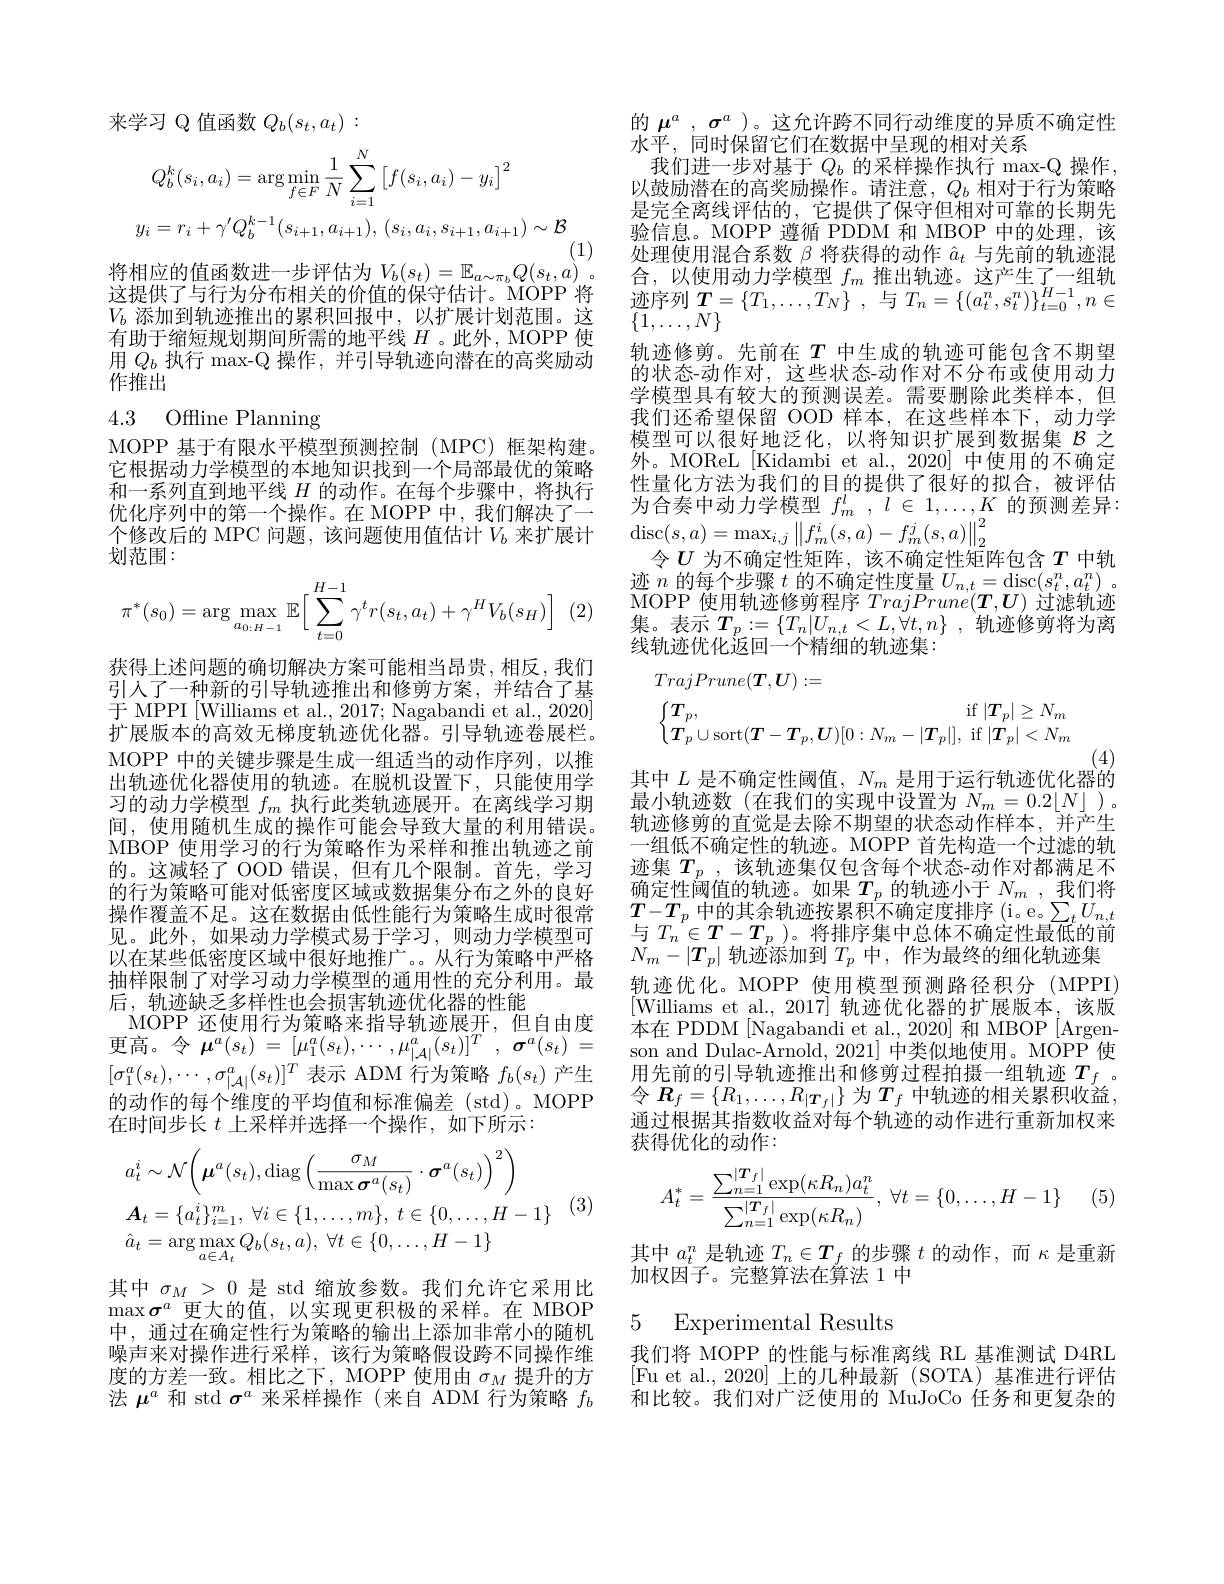
的$\mu^a$ , $\sigma^a$ )。这允许跨不同行动维度的异质不确定性
水平，同时保留它们在数据中呈现的相对关系
我们进一步对基于$Q_b$的采样操作执行 max-Q 操作， 以鼓励潜在的高奖励操作。请注意，$Q_b$相对于行为策略是完全离线评估的，它提供了保守但相对可靠的长期先验信息。MOPP 遵循 PDDM 和 MBOP 中的处理，该处理使用混合系数$\beta$将获得的动作$\hat{a}_t$与先前的轨迹混合，以使用动力学模型$f_m$推出轨迹。这产生了一组轨迹序列$T= \{ T_1, \ldots , T_N\}$ ,与$T_n=\{(a_t^n,s_t^n)\}_{t=0}^{H-1},n\in$ $\{1,\ldots,N\}$
轨迹修剪。先前在$T$中生成的轨迹可能包含不期望的状态-动作对，这些状态-动作对不分布或使用动力学模型具有较大的预测误差。需要删除此类样本，但我们还希望保留 OOD 样本，在这些样本下，动力学模型可以很好地泛化，以将知识扩展到数据集$\mathcal{B}$之外。MOReL[Kidambi et al., 2020] 中使用的不确定性量化方法为我们的目的提供了很好的拟合，被评估为合奏中动力学模型$f_m^l,l\in1,\ldots,K$的预测差异： $\operatorname*{disc}(s,a)=\operatorname*{max}_{i,j}\left\|f_{m}^{i}(s,a)-f_{m}^{j}(s,a)\right\|_{2}^{2}$
令$U$为不确定性矩阵，该不确定性矩阵包含$T$中轨迹$n$的每个步骤$t$的不确定性度量$U_n,t=$disc$(s_t^n,a_t^n)$ 。MOPP使用轨迹修剪程序$TrajPrune(\boldsymbol{T},\boldsymbol{U})$过滤轨迹集。表示$T_p: = \{ T_n| U_{n, t}< L, \check{\forall } t, n\}$ ,轨迹修剪将为离线轨迹优化返回一个精细的轨迹集：
$$\begin{aligned}&TrajPrune(\boldsymbol{T},\boldsymbol{U}):=\\&\begin{cases}\boldsymbol{T}_p,&\mathrm{if~}|\boldsymbol{T}_p|\geq N_m\\\boldsymbol{T}_p\cup\mathrm{sort}(\boldsymbol{T}-\boldsymbol{T}_p,\boldsymbol{U})[0:N_m-|\boldsymbol{T}_p|],&\mathrm{if~}|\boldsymbol{T}_p|<N_m\end{cases}\end{aligned}$$
$$\begin{aligned}&Q_{b}^{k}(s_{i},a_{i})=\arg\operatorname*{min}_{f\in F}\frac{1}{N}\sum_{i=1}^{N}\left[f(s_{i},a_{i})-y_{i}\right]^{2}\\&y_{i}=r_{i}+\gamma^{\prime}Q_{b}^{k-1}(s_{i+1},a_{i+1}),\:(s_{i},a_{i},s_{i+1},a_{i+1})\sim\mathcal{B}\end{aligned}$$
(1)
将相应的值函数进一步评估为$V_b(s_t)=\mathbb{E}_{a\sim\pi_b}Q(s_t,a)$。

这提供了与行为分布相关的价值的保守估计。MOPP 将$V_b$添加到轨迹推出的累积回报中，以扩展计划范围。这有助于缩短规划期间所需的地平线$H$ 。此外，MOPP 使用$Q_b$执行 max-Q 操作，并引导轨迹向潜在的高奖励动作推出

# 4.3 Offline Planning

MOPP 基于有限水平模型预测控制(MPC)框架构建。它根据动力学模型的本地知识找到一个局部最优的策略和一系列直到地平线$H$的动作。在每个步骤中，将执行优化序列中的第一个操作。在 MOPP 中，我们解决了一个修改后的 MPC 问题，该问题使用值估计$V_b$来扩展计划范围：
$$\pi^*(s_0)=\arg\max_{a_{0:H-1}}\mathbb{E}\Big[\sum_{t=0}^{H-1}\gamma^tr(s_t,a_t)+\gamma^HV_b(s_H)\Big]$$
(2

获得上述问题的确切解决方案可能相当昂贵，相反，我们引入了一种新的引导轨迹推出和修剪方案，并结合了基于 MPPI [Williams et al., 2017; Nagabandi et al., 2020] 扩展版本的高效无梯度轨迹优化器。引导轨迹卷展栏。MOPP 中的关键步骤是生成一组适当的动作序列，以推出轨迹优化器使用的轨迹。在脱机设置下，只能使用学习的动力学模型$f_m$执行此类轨迹展开。在离线学习期间，使用随机生成的操作可能会导致大量的利用错误。MBOP 使用学习的行为策略作为采样和推出轨迹之前的。这减轻了 OOD 错误，但有几个限制。首先，学习的行为策略可能对低密度区域或数据集分布之外的良好操作覆盖不足。这在数据由低性能行为策略生成时很常见。此外，如果动力学模式易于学习，则动力学模型可以在某些低密度区域中很好地推广。。从行为策略中严格抽样限制了对学习动力学模型的通用性的充分利用。最后，轨迹缺乏多样性也会损害轨迹优化器的性能
MOPP 还使用行为策略来指导轨迹展开，但自由度更高。令$\boldsymbol{\mu }^a( s_t)$ = $[ \mu _1^a( s_t) , \cdots , \mu _{| \mathcal{A} | }^a( s_t) ] ^T$ , $\boldsymbol{\sigma }^a( s_t)$ = $[\sigma_1^a(s_t),\cdots,\sigma_{|\mathcal{A}|}^a(s_t)]^T$表示 ADM 行为策略$f_b(s_t)$产生的动作的每个维度的平均值和标准偏差 (std)。MOPP 在时间步长$t$上采样并选择一个操作，如下所示：
$$\begin{aligned}&a_{t}^{i}\sim\mathcal{N}\bigg(\boldsymbol{\mu}^{a}(s_{t}),\mathrm{diag}\bigg(\frac{\sigma_{M}}{\max\boldsymbol{\sigma}^{a}(s_{t})}\cdot\boldsymbol{\sigma}^{a}(s_{t})\bigg)^{2}\bigg)\\&\boldsymbol{A}_{t}=\{a_{t}^{i}\}_{i=1}^{m},\:\forall i\in\{1,\ldots,m\},\:t\in\{0,\ldots,H-1\}\\&\hat{a}_{t}=\arg\max_{a\in A_{t}}Q_{b}(s_{t},a),\:\forall t\in\{0,\ldots,H-1\}\end{aligned}$$
(3

其中$\sigma_M>0$是 std 缩放参数。我们允许它采用比$\max\boldsymbol{\sigma}^a$更大的值，以实现更积极的采样。在 MBOP 中，通过在确定性行为策略的输出上添加非常小的随机噪声来对操作进行采样，该行为策略假设跨不同操作维度的方差一致。相比之下，MOPP 使用由$\sigma_M$提升的方法$\mu^a$和 std $\sigma^a$来采样操作(来自 ADM 行为策略$f_b$

(4)
其中$L$是不确定性阈值，$N_m$是用于运行轨迹优化器的

最小轨迹数(在我们的实现中设置为$N_m=0.2\lfloor N\rfloor$ )。轨迹修剪的直觉是去除不期望的状态动作样本，并产生一组低不确定性的轨迹。MOPP 首先构造一个过滤的轨迹集$T_p$,该轨迹集仅包含每个状态-动作对都满足不确定性阈值的轨迹。如果$T_p$的轨迹小于$N_m$,我们将$T-T_p$中的其余轨迹按累积不确定度排序 (i。e。$\sum_tU_n,t$ 与$T_n\in T-T_p$)。将排序集中总体不确定性最低的前$N_m-|T_p|$轨迹添加到$T_p$中，作为最终的细化轨迹集轨迹优化。MOPP 使用模型预测路径积分 (MPPI) [Williams et al., 2017] 轨迹优化器的扩展版本，该版本在 PDDM [Nagabandi et al., 2020] 和 MBOP [Argenson and Dulac-Arnold, 2021] 中类似地使用。MOPP 使用先前的引导轨迹推出和修剪过程拍摄一组轨迹$T_f$ 。令$\boldsymbol R_f=\{R_1,\ldots,R_{|\boldsymbol{T}_f|}\}$为$T_f$中轨迹的相关累积收益， 通过根据其指数收益对每个轨迹的动作进行重新加权来获得优化的动作：
$$A_t^*=\dfrac{\sum_{n=1}^{|\boldsymbol{T}_f|}\exp(\kappa R_n)a_t^n}{\sum_{n=1}^{|\boldsymbol{T}_f|}\exp(\kappa R_n)},\:\forall t=\{0,\dots,H-1\}$$
 (5)

其中$a_t^n$是轨迹$T_n\in T_f$的步骤$t$的动作，而$\kappa$是重新
加权因子。完整算法在算法 1 中

5 Experimental Results

我们将 MOPP 的性能与标准离线 RL 基准测试 D4RL [Fu et al.,2020]上的几种最新(SOTA)基准进行评估和比较。我们对广泛使用的 MuJoCo 任务和更复杂的